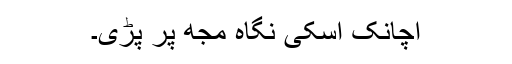
اچانک اسکی نگاہ مجھ پر پڑی۔